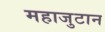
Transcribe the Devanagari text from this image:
महाजुटान